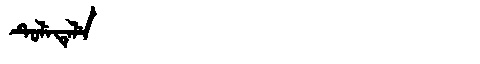
Manchu: ᡨᡠᠯᡝᡨᡝᠯᡝ
Romanization: TULETELE